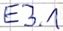
Text: E3.1